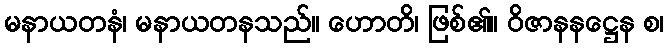
မနာယတနံ၊ မနာယတနသည်။ ဟောတိ၊ ဖြစ်၏။ ဝိဇာနနဋ္ဌေန စ၊